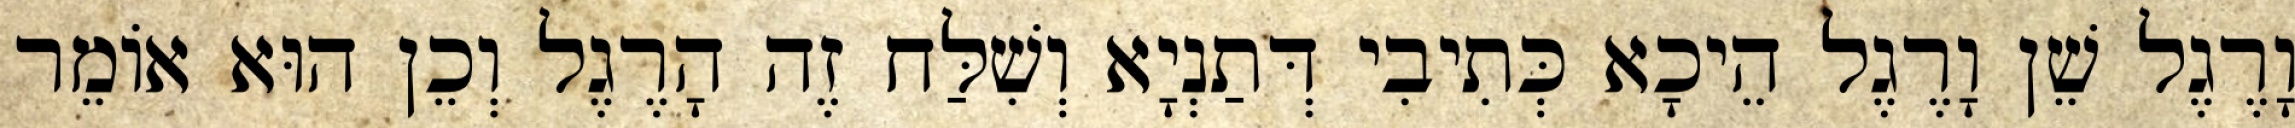
וָרֶגֶל שֵׁן וָרֶגֶל הֵיכָא כְּתִיבִי דְּתַנְיָא וְשִׁלַּח זֶה הָרֶגֶל וְכֵן הוּא אוֹמֵר